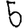
Digit: 5